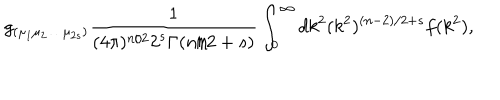
g _ { ( \mu _ { 1 } \mu _ { 2 } \ldots \mu _ { 2 s } ) } \frac { 1 } { ( 4 \pi ) ^ { n / 2 } 2 ^ { s } \Gamma ( n / 2 + s ) } \int _ { 0 } ^ { \infty } d k ^ { 2 } ( k ^ { 2 } ) ^ { ( n - 2 ) / 2 + s } f ( k ^ { 2 } ) ,